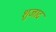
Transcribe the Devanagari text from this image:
शुजाद